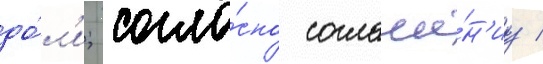
до́л'и; согла́сно соглаше́н'иу /